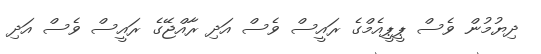
ދިޔުމުން ވެސް ޕީޕީއެމްގެ ރައީސް ވެސް އަދި ރާއްޖޭގެ ރައީސް ވެސް އަދި